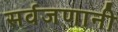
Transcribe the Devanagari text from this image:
सर्वजणानी